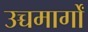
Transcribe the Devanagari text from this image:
उच्चमार्गों